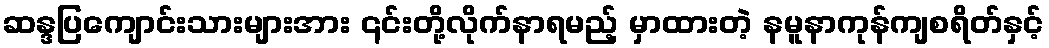
ဆန္ဒပြကျောင်းသားများအား ၎င်းတို့လိုက်နာရမည့် မှာထားတဲ့ နမူနာကုန်ကျစရိတ်နှင့်